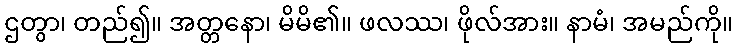
ဌတွာ၊ တည်၍။ အတ္တနော၊ မိမိ၏။ ဖလဿ၊ ဖိုလ်အား။ နာမံ၊ အမည်ကို။